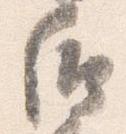
后